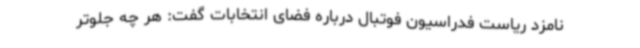
نامزد ریاست فدراسیون فوتبال درباره فضای انتخابات گفت: هر چه جلوتر